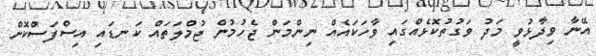
އޭނާ ވިދާޅުވީ މަދު ވަގުތުކޮޅެއްގައި ވާހަކައެއް ނިންމަން ޖެހުމުން ޖުމްލަތައް ކަނޑައި އިސްފަސްކޮށް